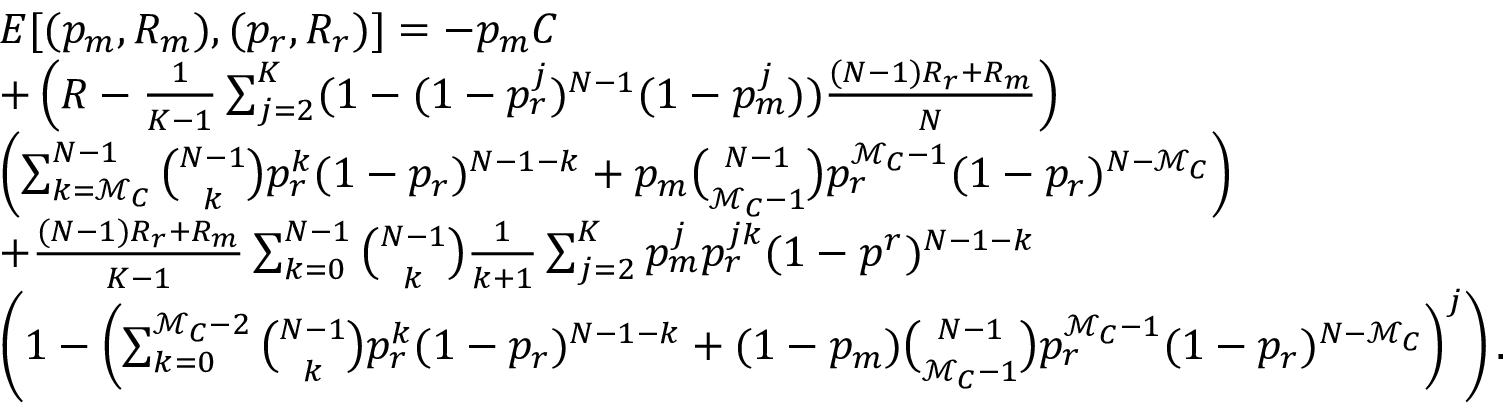
\begin{array} { r l } & { E [ ( p _ { m } , R _ { m } ) , ( p _ { r } , R _ { r } ) ] = - p _ { m } C } \\ & { + \left( R - \frac { 1 } { K - 1 } \sum _ { j = 2 } ^ { K } ( 1 - ( 1 - p _ { r } ^ { j } ) ^ { N - 1 } ( 1 - p _ { m } ^ { j } ) ) \frac { ( N - 1 ) R _ { r } + R _ { m } } { N } \right) } \\ & { \left( \sum _ { k = \mathcal { M } _ { C } } ^ { N - 1 } { \binom { N - 1 } { k } } p _ { r } ^ { k } ( 1 - p _ { r } ) ^ { N - 1 - k } + p _ { m } { \binom { N - 1 } { \mathcal { M } _ { C } - 1 } } p _ { r } ^ { \mathcal { M } _ { C } - 1 } ( 1 - p _ { r } ) ^ { N - \mathcal { M } _ { C } } \right) } \\ & { + \frac { ( N - 1 ) R _ { r } + R _ { m } } { K - 1 } \sum _ { k = 0 } ^ { N - 1 } { \binom { N - 1 } { k } } \frac { 1 } { k + 1 } \sum _ { j = 2 } ^ { K } p _ { m } ^ { j } p _ { r } ^ { j k } ( 1 - p ^ { r } ) ^ { N - 1 - k } } \\ & { \left( 1 - \left( \sum _ { k = 0 } ^ { \mathcal { M } _ { C } - 2 } { \binom { N - 1 } { k } } p _ { r } ^ { k } ( 1 - p _ { r } ) ^ { N - 1 - k } + ( 1 - p _ { m } ) { \binom { N - 1 } { \mathcal { M } _ { C } - 1 } } p _ { r } ^ { \mathcal { M } _ { C } - 1 } ( 1 - p _ { r } ) ^ { N - \mathcal { M } _ { C } } \right) ^ { j } \right) . } \end{array}